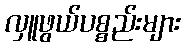
လှူဖွယ်ပစ္စည်းများ